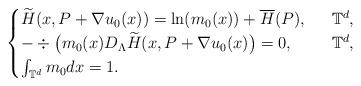
LaTeX: \begin{align*} \begin{cases} \widetilde{H} (x,P+\nabla u_0 (x ) )=\ln (m_0 (x) )+\overline{H}(P),\ & \ \mathbb{T}^d,\\ -\div\big(m_0 (x )D_\Lambda\widetilde{H} (x, P+\nabla u_0 (x)\big)=0,\ & \ \mathbb{T}^d,\\ \int_{\mathbb{T}^d}m_0 dx=1. \end{cases} \end{align*}